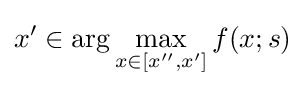
x'\in \arg \max _{x\in [x'',x']}f(x;s)